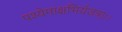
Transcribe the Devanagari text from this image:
पश्येमाक्षभिर्यजत्राः।